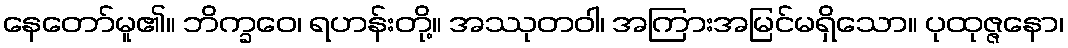
နေတော်မူ၏။ ဘိက္ခဝေ၊ ရဟန်းတို့။ အဿုတဝါ၊ အကြားအမြင်မရှိသော။ ပုထုဇ္ဇနော၊